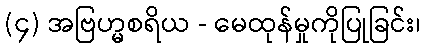
(၄) အဗြဟ္မစရိယ - မေထုန်မှုကိုပြုခြင်း၊